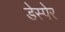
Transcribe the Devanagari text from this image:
डेस्पेर